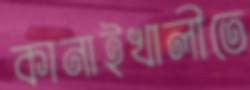
কানাইখালীতে